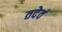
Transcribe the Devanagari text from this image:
तदेवं